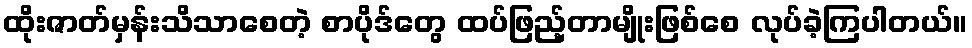
ထိုးဇာတ်မှန်းသိသာစေတဲ့ စာပိုဒ်တွေ ထပ်ဖြည့်တာမျိုးဖြစ်စေ လုပ်ခဲ့ကြပါတယ်။